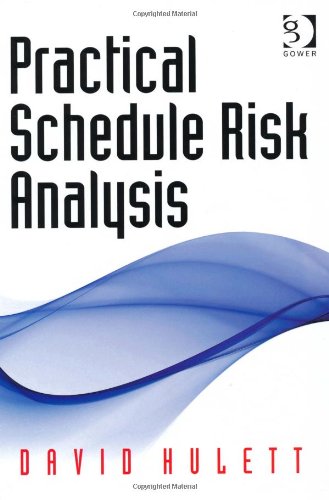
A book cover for Practical Schedule Risk Analysis; David Hulett; Business & Money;